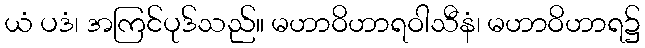
ယံ ပဒံ၊ အကြင်ပုဒ်သည်။ မဟာဝိဟာရဝါသီနံ၊ မဟာဝိဟာရ၌